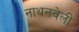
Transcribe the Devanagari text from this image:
नाथनवेली